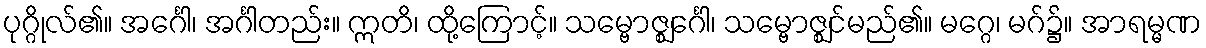
ပုဂ္ဂိုလ်၏။ အင်္ဂေါ၊ အင်္ဂါတည်း။ ဣတိ၊ ထို့ကြောင့်။ သမ္ဗောဇ္ဈင်္ဂေါ၊ သမ္ဗောဇ္ဈင်မည်၏။ မဂ္ဂေ၊ မဂ်၌။ အာရမ္မဏ